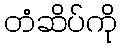
တံဆိပ်ကို